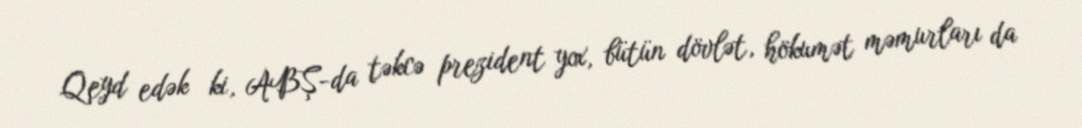
Qeyd edək ki, ABŞ-da təkcə prezident yox, bütün dövlət, hökumət məmurları da